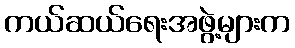
ကယ်ဆယ်ရေးအဖွဲ့များက